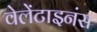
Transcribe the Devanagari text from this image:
वेलेंटाइनंस